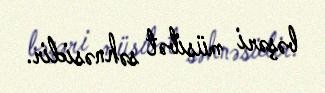
bəşəri müsibət səhnəsidir.